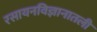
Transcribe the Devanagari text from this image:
रसायनविज्ञानातली